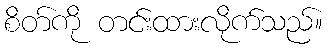
စိတ်ကို တင်းထားလိုက်သည်။